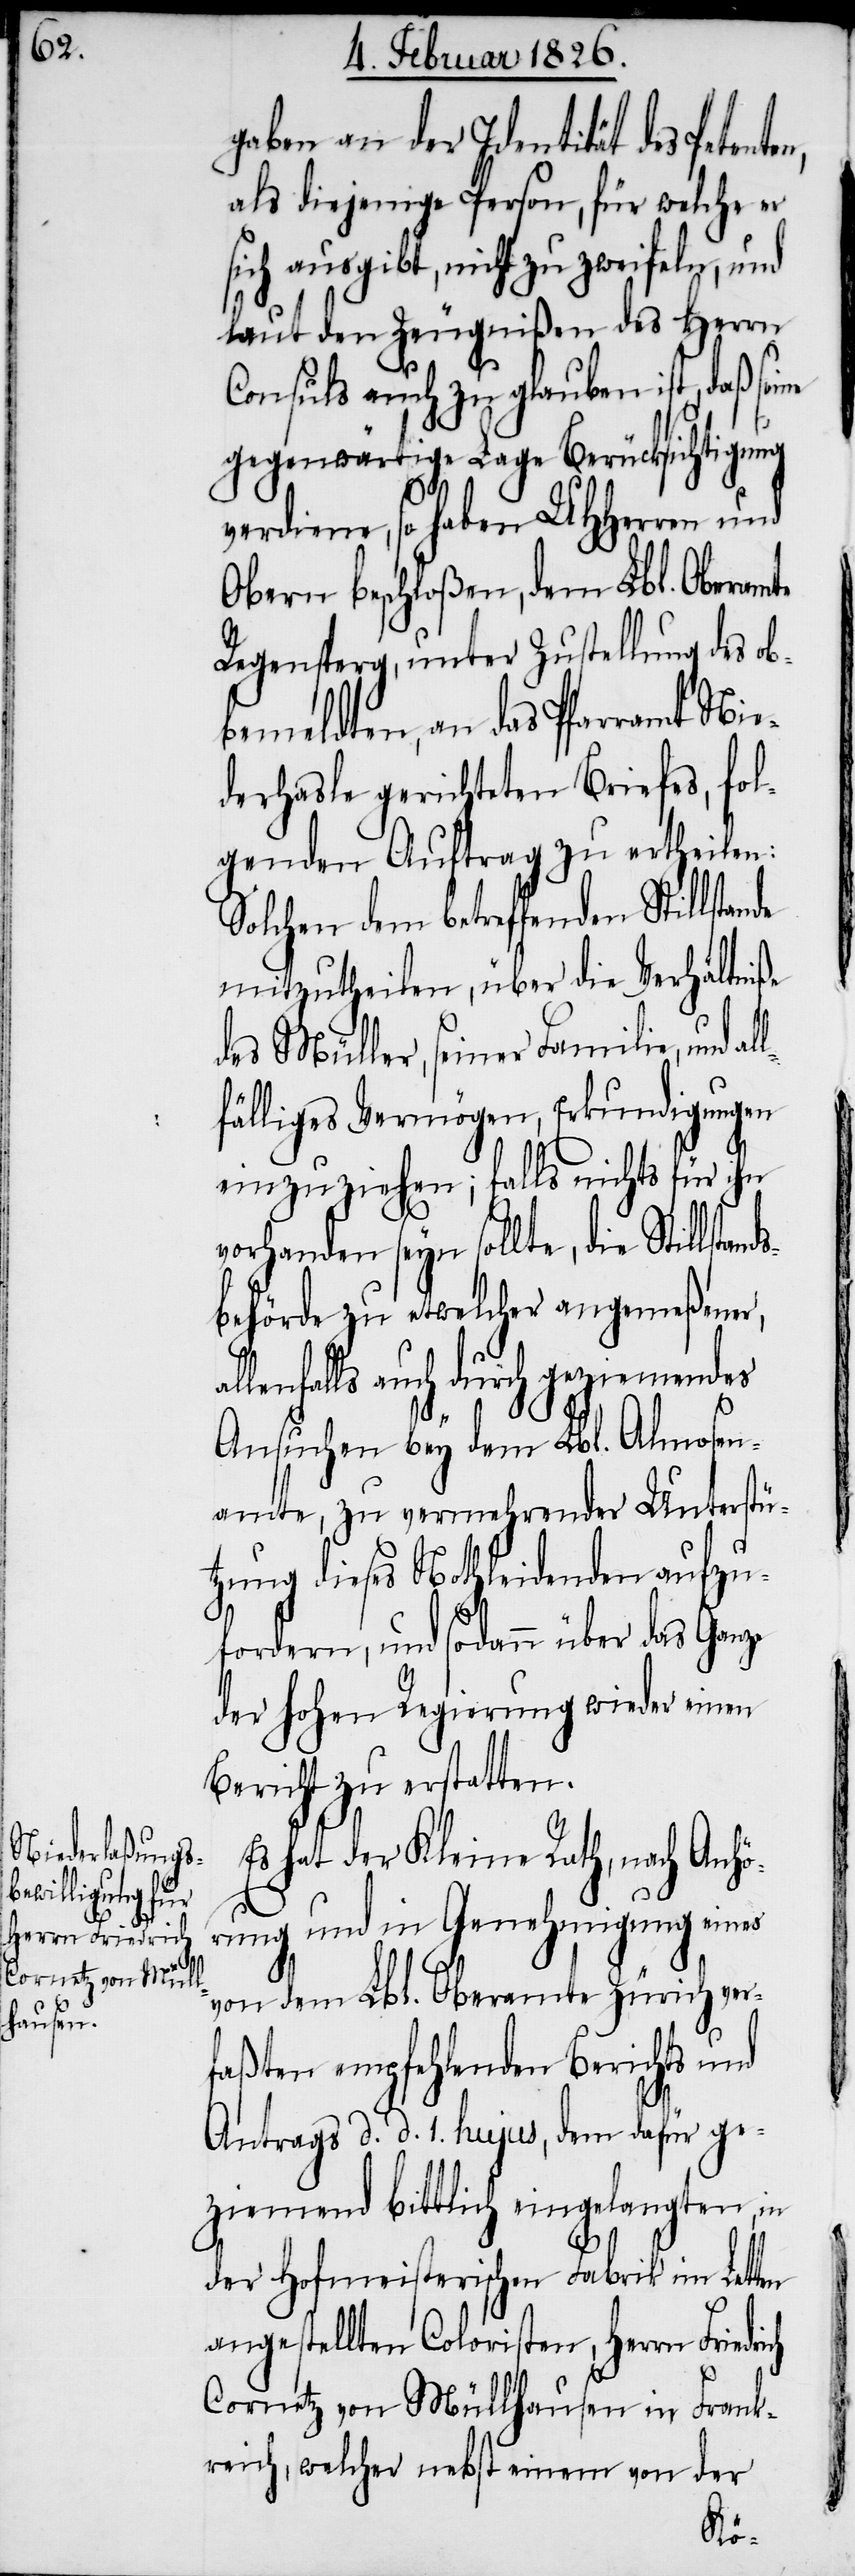
de

gaben an der Identität des Petente¬
als diejenige Person, für welche er
ich ausgibt, nicht zu zweifeln, und
laut den Zeugnißen des Herrn
Consuls auch zu glauben ist, daß sei¬
gegenwärtige Lage Berücksichtigung
verdiene, so haben UHHerren und
Obern beschloßen, dem Lbl. Oberamte
Regensperg, unter Zustellung des ob¬
bemeldten, an das Pfarramt Nie¬
derhasle gerichteten Briefes, fol¬
genden Auftrag zu ertheilen:
Solchen dem betreffenden Stillstan¬
mitzutheilen, über die Verhältniße
des Müller, seiner Familie, und al¬
lfälliges Vermögen, Erkundigungen
einzuziehen; falls nichts für ihn
vorhanden seyn sollte, die Stillstan¬
behörde zu etwelcher angemeßener,
allenfalls auch durch geziemendes
Ansuchen bey dem Lbl. Almosen¬
amte, zu vermehrender Unterstü¬
tzung dieses Nothleidenden aufzu¬
fordern, und sodann über das Ganze
der hohen Regierung wieder einen
Bericht zu erstatten.
Es hat der Kleine Rath, nach Anhö¬
rung und in Genehmigung eines
von dem Lbl. Oberamte Zürich ver¬
faßten empfehlenden Berichts und
Antrags d. d. 1. hujus, dem dafür ge¬
ziemend bittlich eingelangten, in
der Hofmeisterischen Fabrik im Letten
angestellten Coloristen, Herrn Friedr¬
Cornetz von Müllhausen in Frank¬
reich, welcher nebst einem von der
ich